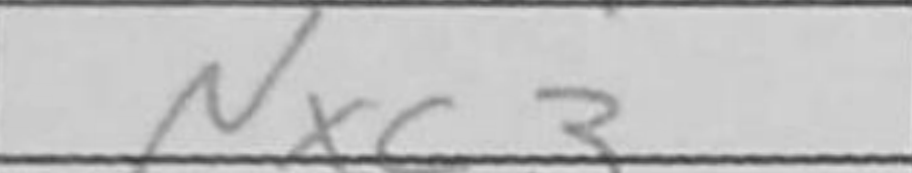
Transcription: Nxc3